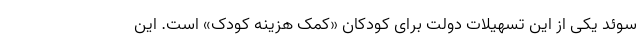
سوئد یکی از این تسهیلات دولت برای کودکان «کمک هزینه کودک» است. این